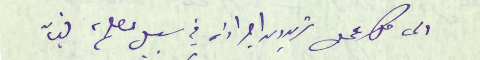
الى كل عمل تريدون اجراؤه في سبيل مصلحة لبنان